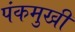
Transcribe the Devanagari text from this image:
पंकमुखी